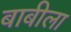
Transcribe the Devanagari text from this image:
बाबीला